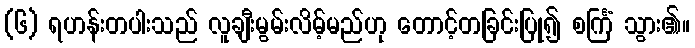
(၆) ရဟန်းတပါးသည် လူချီးမွမ်းလိမ့်မည်ဟု တောင့်တခြင်းပြု၍ စင်္ကြံ သွား၏။